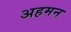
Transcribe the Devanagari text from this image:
अहमन